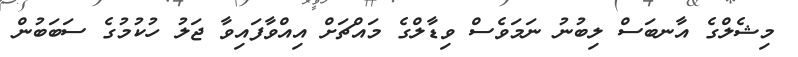
މިޝެލްގެ އާނބަސް ލިބުނު ނަމަވެސް ވިޑާލްގެ މައްޗަށް އިއްވާފައިވާ ޖަލު ހުކުމުގެ ސަބަބުން